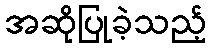
အဆိုပြုခဲ့သည့်